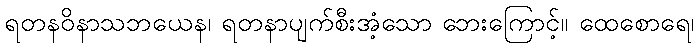
ရတနဝိနာသဘယေန၊ ရတနာပျက်စီးအံ့သော ဘေးကြောင့်။ ထေစောရေ၊